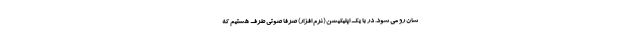
شان رو می شود. در با یک اپلیکیشن (نرم افزار) صرفا صوتی طرف هستیم که